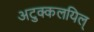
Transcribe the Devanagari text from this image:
अटुक्कलयिल्